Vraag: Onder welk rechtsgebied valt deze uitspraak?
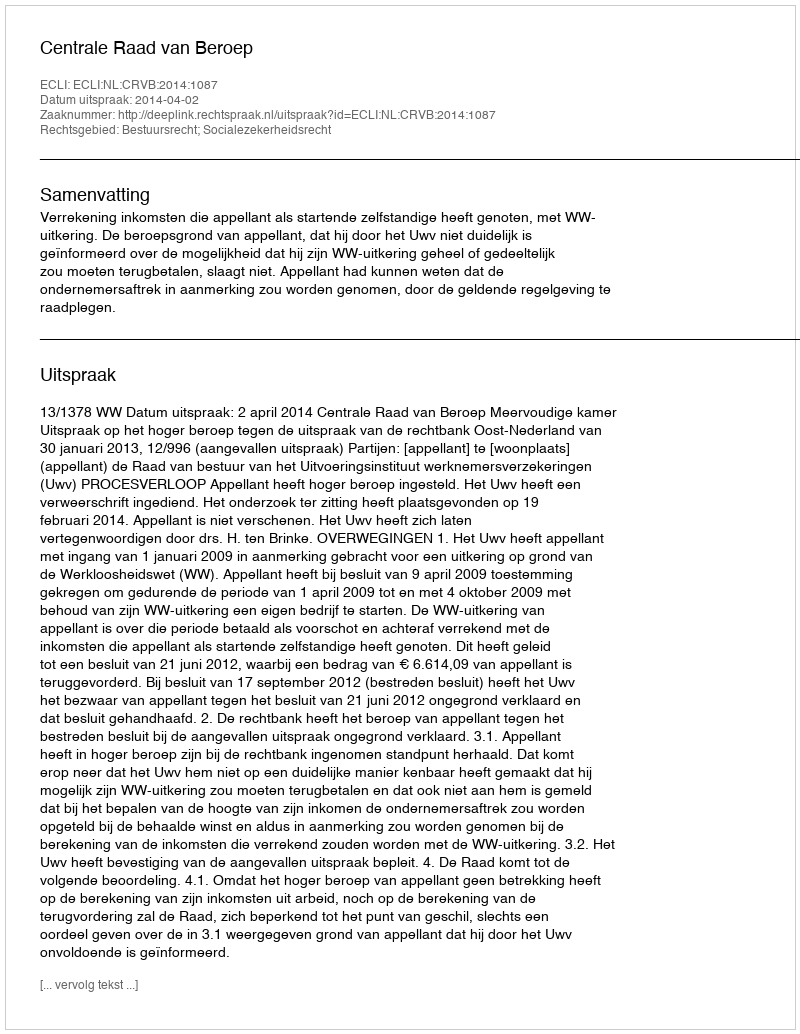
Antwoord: Bestuursrecht; Socialezekerheidsrecht